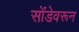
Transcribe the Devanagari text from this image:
सोंडेवरून